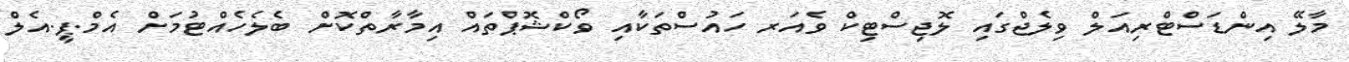
މާލޭ އިންޑަސްޓްރިއަލް ވިލެޖްގައި ލޮޖިސްޓިކް ވެއަރ ހައުސްތަކާއި ވޯކްޝޮޕްތައް އިމާރާތްކޮށް ބެލެހެއްޓުމަށް އެމް.ޕީ.އެލް